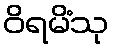
ဝိရမိံသု